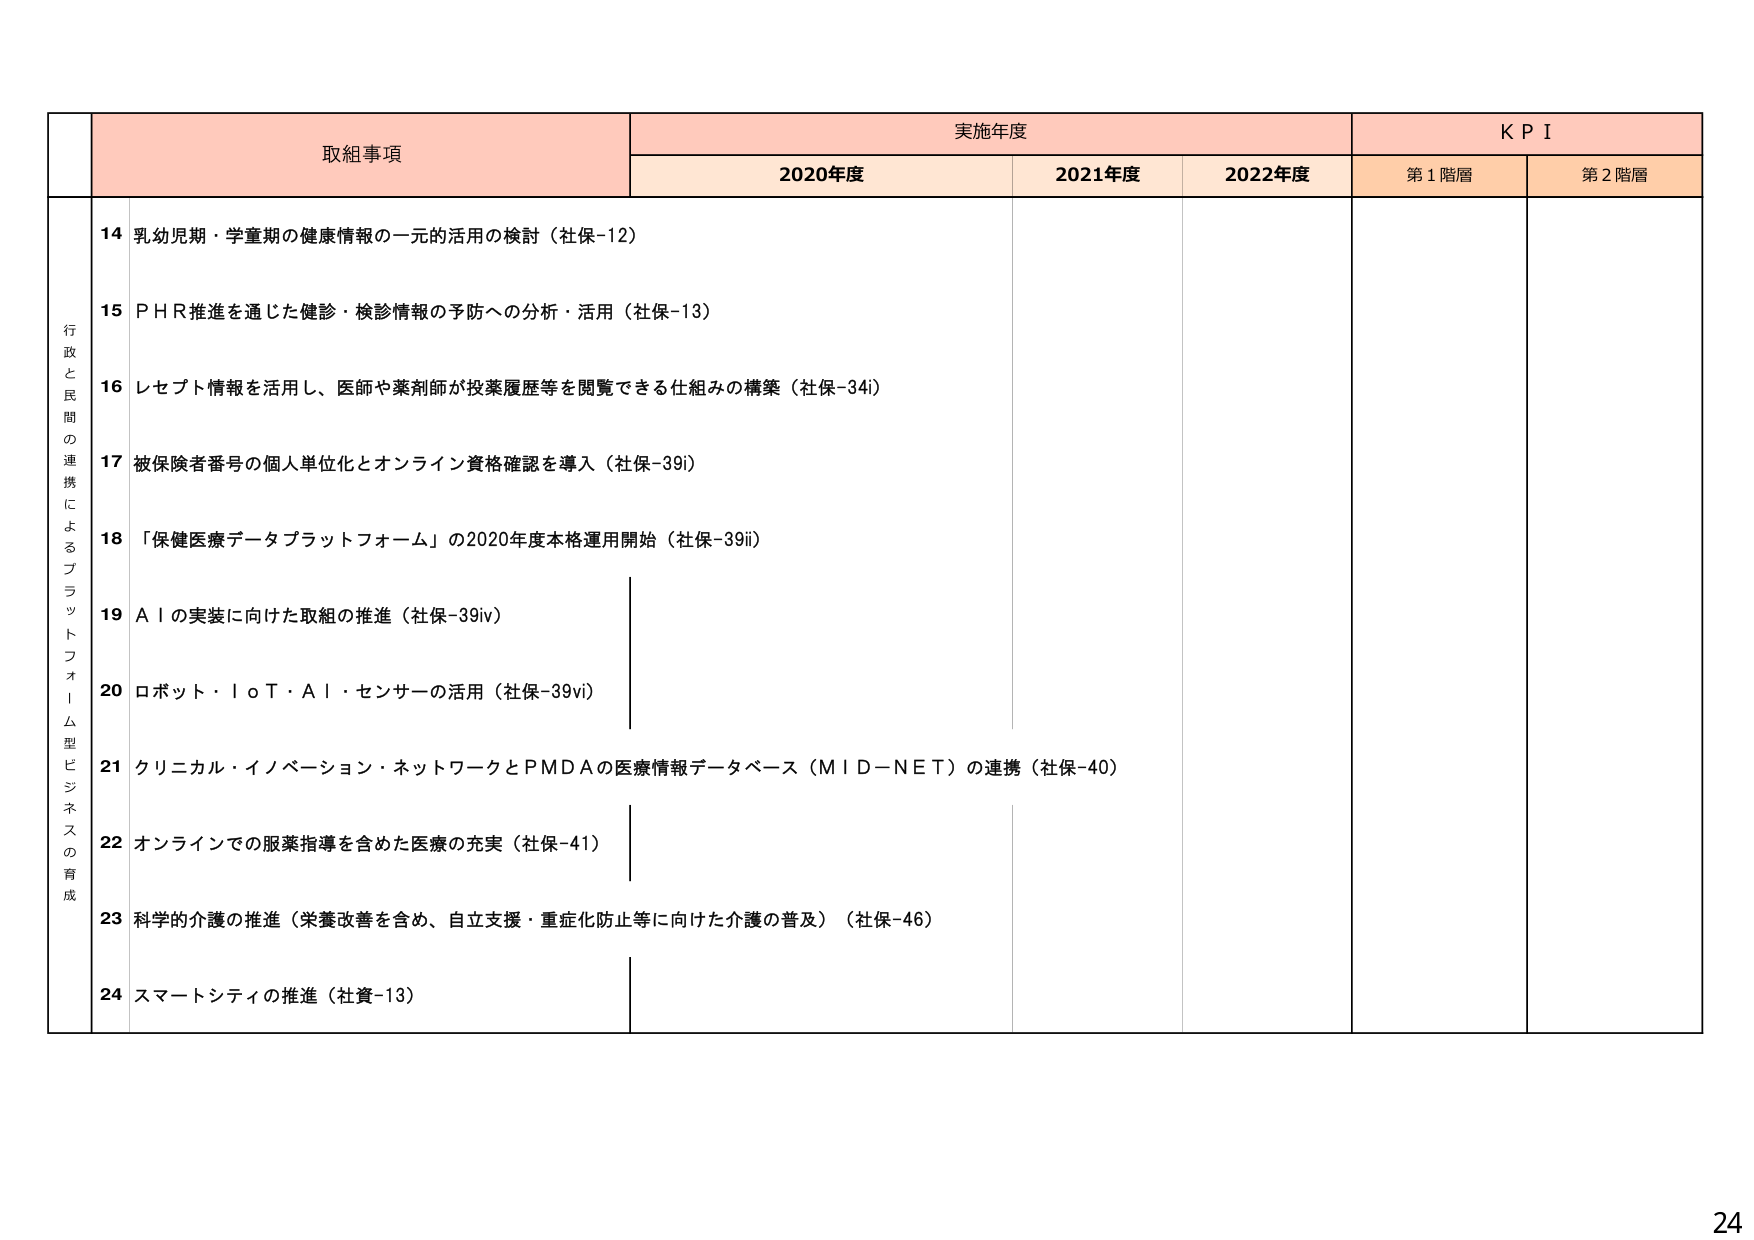
行政と民間の連携によるプラットフォーム型ビジネスの育成

取組事項

実施年度

KPI

2020年度

2021年度

2022年度

第1階層

第2階層

14 乳幼児期・学童期の健康情報の一元的活用の検討（社保-12）

15 P H R推進を通じた健診・検診情報の予防への分析・活用（社保-13）

16 レセプト情報を活用し、医師や薬剤師が投薬履歴等を閲覧できる仕組みの構築（社保-34i）

17 被保険者番号の個人単位化とオンライン資格確認を導入（社保-39i）

18 「保健医療データプラットフォーム」の2020年度本格運用開始（社保-39ii）

19 A Iの実装に向けた取組の推進（社保-39iv）

20 ロボット・I o T・A I・センサーの活用（社保-39vi）

21 クリニカル・イノベーション・ネットワークとPMDAの医療情報データベース（M I D－N E T）の連携（社保-40）

22 オンラインでの服薬指導を含めた医療の充実（社保-41）

23 科学的介護の推進（栄養改善を含め、自立支援・重症化防止等に向けた介護の普及）（社保-46）

24 スマートシティの推進（社資-13）

24